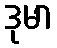
ဒုမာ